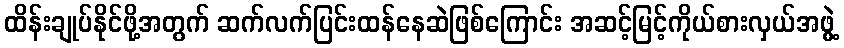
ထိန်းချုပ်နိုင်ဖို့အတွက် ဆက်လက်ပြင်းထန်နေဆဲဖြစ်ကြောင်း အဆင့်မြင့်ကိုယ်စားလှယ်အဖွဲ့